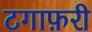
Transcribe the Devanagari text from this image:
टगाफ़री